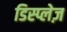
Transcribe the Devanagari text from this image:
डिस्प्लेज़